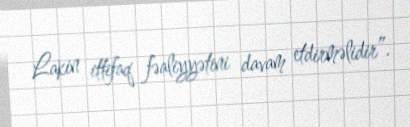
Lakin ittifaq fəaliyyətini davam etdirməlidir”.